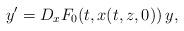
LaTeX: \begin{align*}y'=D_xF_0(t,x(t,z,0))\,y,\end{align*}